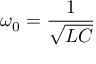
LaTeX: \omega _ { 0 } = { \frac { 1 } { \sqrt { L C } } }